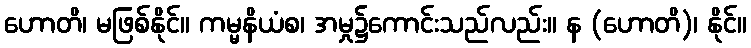
ဟောတိ၊ မဖြစ်နိုင်။ ကမ္မနိယံစ၊ အမှု၌ကောင်းသည်လည်း။ န (ဟောတိ)၊ နိုင်။